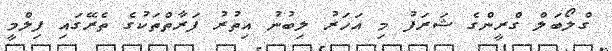
ގްލޯބަލް ގްރީންގެ ޝަރަފު މި އަހަރު ލިބުނު އިތުރު ފަރާތްތަކުގެ ތެރޭގައި ފިލްމީ